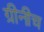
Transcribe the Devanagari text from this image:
ग्रीनीच